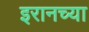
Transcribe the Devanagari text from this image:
इरानच्या